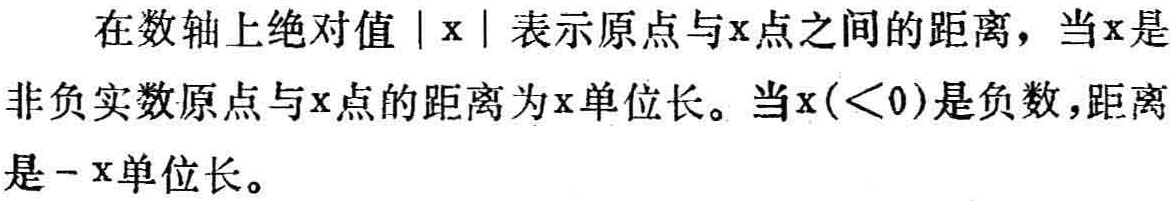
在数轴上绝对值\(\vert x\vert\)表示原点与\(x\)点之间的距离，当\(x\)是非负实数原点与\(x\)点的距离为\(x\)单位长。当\(x(<0)\)是负数，距离是\(-x\)单位长。